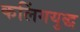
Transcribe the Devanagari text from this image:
कलिंगयुद्ध